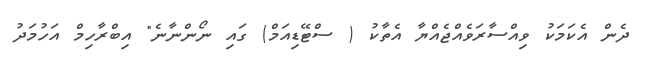
ދެން އެކަމަކު ވިއްސާރަވެއްޖެއްޔާ އެތާކު ( ސްޓޭޑިއަމް) ގައި ނޯންނާނެ" އިބްރާހިމް އަހުމަދު